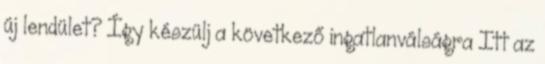
új lendület? Így készülj a következő ingatlanválságra Itt az